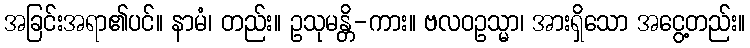
အခြင်းအရာ၏ပင်။ နာမံ၊ တည်း။ ဥသုမန္တိ-ကား။ ဗလဝဥသ္မာ၊ အားရှိသော အငွေ့တည်း။